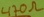
Text: 470Ω